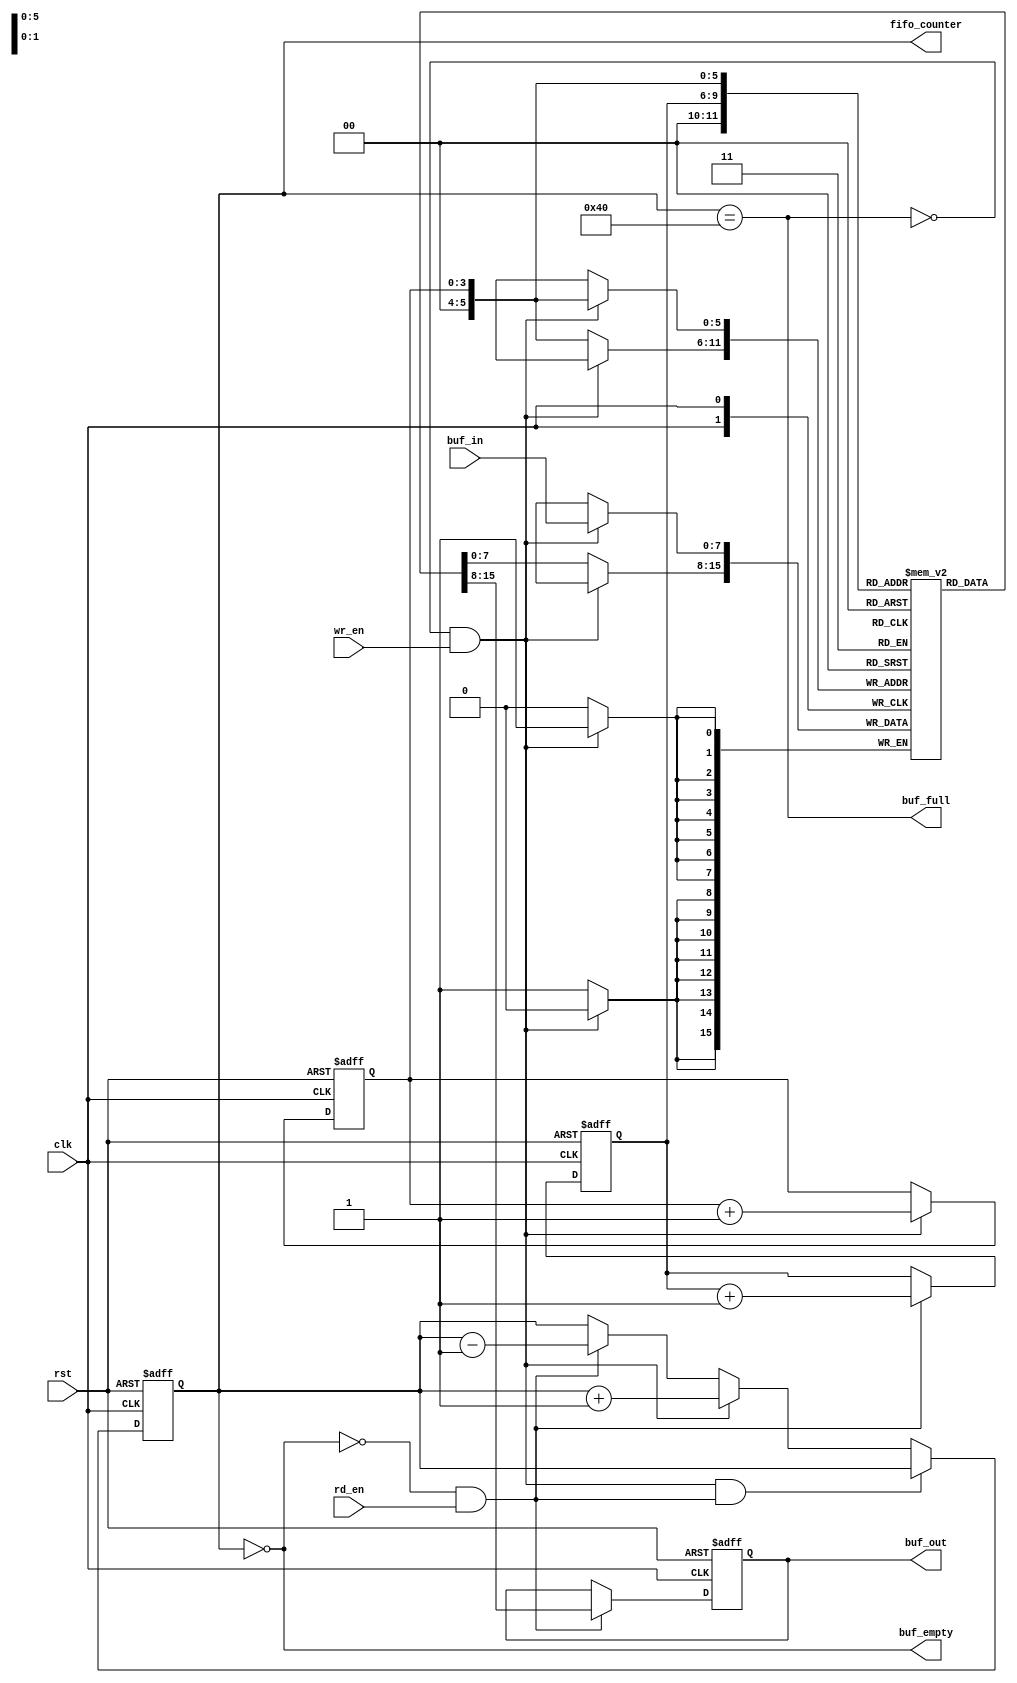
module FIFO(clk,rst, buf_in, buf_out, wr_en, rd_en, buf_empty, buf_full, fifo_counter);

input rst, clk, wr_en, rd_en;
input [7:0] buf_in; // data that will be written in the buffer
output [7:0]buf_out; // data that will be read out from FIFO
output buf_empty, buf_full; // Flag to indicate if the FIFO is empty or full
output [7:0] fifo_counter; // counting the location in buffer

reg[7:0] buf_out;
reg buf_empty, buf_full;
reg[7:0] fifo_counter;
reg[3:0] rd_ptr, wr_ptr; // pointer that will move back and forth within the FIFO
reg[7:0] buf_mem[63:0]; // total memory location

always@(fifo_counter) 
begin
  buf_empty=(fifo_counter==0); //when fifo_counter is 0 flag goes up
  buf_full = (fifo_counter == 64); //when fifo_counter is 64 flag goes up
end

always@(posedge clk or posedge rst) 
begin
    if(rst)
        fifo_counter <= 0;
    else if((!buf_full && wr_en) && (!buf_empty && rd_en)) 
        fifo_counter <= fifo_counter;
    else if(!buf_full && wr_en) // when FIFO is not full and wr_en is HIGH increment the counter
        fifo_counter <= fifo_counter+1;
    else if(!buf_empty && rd_en) // when FIFO is not empty and rd_en is HIGH decrement the counter
        fifo_counter <= fifo_counter-1;
    else 
        fifo_counter <= fifo_counter;
end

always@(posedge clk or posedge rst)
begin 
    if(rst)
        buf_out <= 0;
    else 
    begin
        if(rd_en && !buf_empty)
            buf_out <= buf_mem[rd_ptr]; //reading from the FIFO
        else 
            buf_out <= buf_out;
    end
end

always@(posedge clk)
begin
      if(wr_en && !buf_full)
        buf_mem[wr_ptr] <= buf_in; // writing into the FIFO
      else 
        buf_mem[wr_ptr] <= buf_mem[wr_ptr];
end

always@(posedge clk or posedge rst) // manipulating pointers when read and write flags are up concurrently
begin
    if(rst)
    begin
        wr_ptr <= 0;
        rd_ptr <= 0;
    end
    else
    begin
        if(!buf_full && wr_en)
            wr_ptr <= wr_ptr+1;
        else 
            wr_ptr <= wr_ptr;
        if( !buf_empty && rd_en)
            rd_ptr <= rd_ptr+1;
        else 
            rd_ptr <= rd_ptr;
    end 
end
endmodule